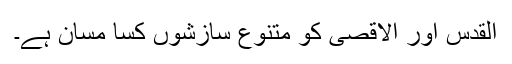
القدس اور الاقصیٰ کو متنوع سازشوں کسا مسان ہے۔